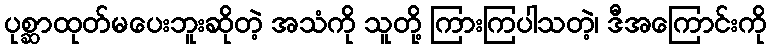
ပုစ္ဆာထုတ်မပေးဘူးဆိုတဲ့ အသံကို သူတို့ ကြားကြပါသတဲ့၊ ဒီအကြောင်းကို